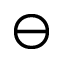
\ominus